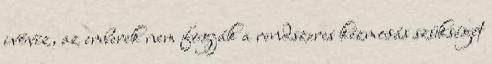
ivóvíz, az emberek nem fogják a rendszeres kézmosás szükségét